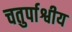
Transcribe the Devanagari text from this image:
चतुर्पाश्वीय